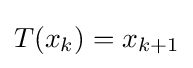
T(x_{k})=x_{k+1}